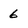
Character: 6